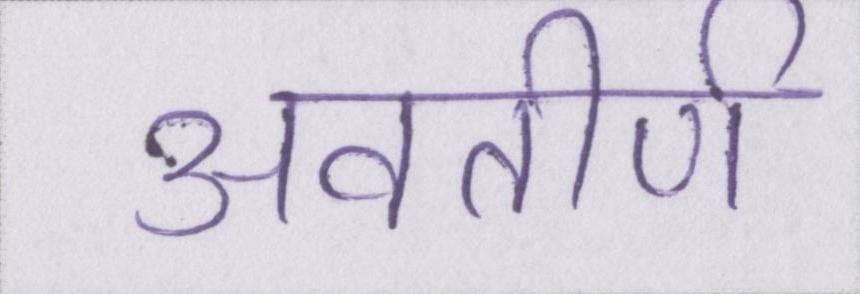
अवतीर्ण